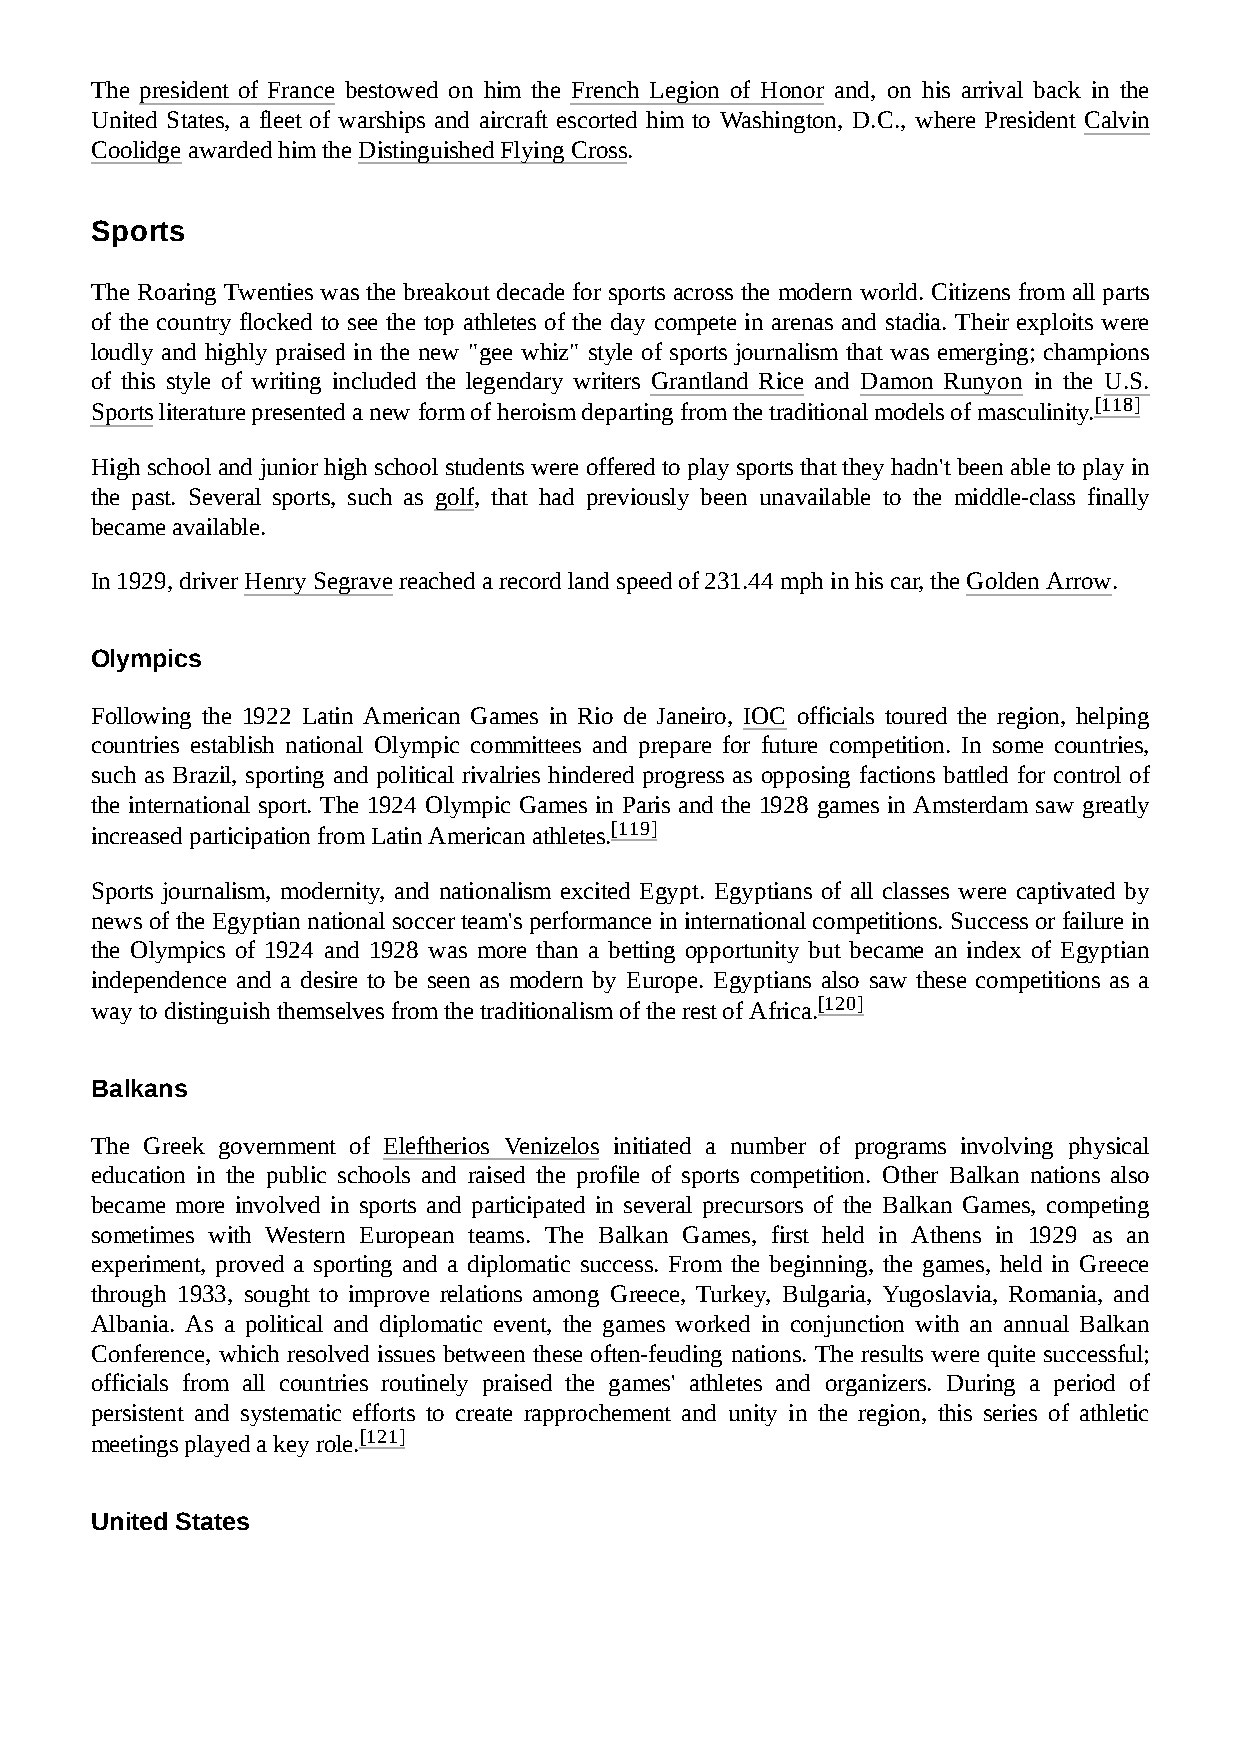
The president of France bestowed on him the French Legion of Honor and, on his arrival back in the
 United States, a fleet of warships and aircraft escorted him to Washington, D.C., where President Calvin
 Coolidge awarded him the Distinguished Flying Cross.
 Sports
 The Roaring Twenties was the breakout decade for sports across the modern world. Citizens from all parts
 of the country flocked to see the top athletes of the day compete in arenas and stadia. Their exploits were
 loudly and highly praised in the new "gee whiz" style of sports journalism that was emerging; champions
 of this style of writing included the legendary writers Grantland Rice and Damon Runyon in the U.S.
 Sports literature presented a new form of heroism departing from the traditional models of masculinity.[118]
 High school and junior high school students were offered to play sports that they hadn't been able to play in
 the past. Several sports, such as golf, that had previously been unavailable to the middle-class finally
 became available.
 In 1929, driver Henry Segrave reached a record land speed of 231.44 mph in his car, the Golden Arrow.
 Olympics
 Following the 1922 Latin American Games in Rio de Janeiro, IOC officials toured the region, helping
 countries establish national Olympic committees and prepare for future competition. In some countries,
 such as Brazil, sporting and political rivalries hindered progress as opposing factions battled for control of
 the international sport. The 1924 Olympic Games in Paris and the 1928 games in Amsterdam saw greatly
 increased participation from Latin American athletes.[119]
 Sports journalism, modernity, and nationalism excited Egypt. Egyptians of all classes were captivated by
 news of the Egyptian national soccer team's performance in international competitions. Success or failure in
 the Olympics of 1924 and 1928 was more than a betting opportunity but became an index of Egyptian
 independence and a desire to be seen as modern by Europe. Egyptians also saw these competitions as a
 way to distinguish themselves from the traditionalism of the rest of Africa.[120]
 Balkans
 The Greek government of Eleftherios Venizelos initiated a number of programs involving physical
 education in the public schools and raised the profile of sports competition. Other Balkan nations also
 became more involved in sports and participated in several precursors of the Balkan Games, competing
 sometimes with Western European teams. The Balkan Games, first held in Athens in 1929 as an
 experiment, proved a sporting and a diplomatic success. From the beginning, the games, held in Greece
 through 1933, sought to improve relations among Greece, Turkey, Bulgaria, Yugoslavia, Romania, and
 Albania. As a political and diplomatic event, the games worked in conjunction with an annual Balkan
 Conference, which resolved issues between these often-feuding nations. The results were quite successful;
 officials from all countries routinely praised the games' athletes and organizers. During a period of
 persistent and systematic efforts to create rapprochement and unity in the region, this series of athletic
 meetings played a key role.[121]
 United States